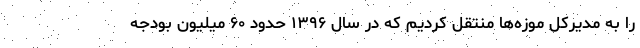
را به مدیرکل موزه‌ها منتقل کردیم که در سال ۱۳۹۶ حدود ۶۰ میلیون بودجه